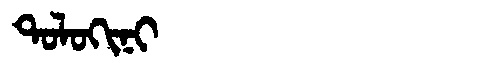
Manchu: ᡨᠣᠯᠣᡴᡳᠨᡳ
Romanization: TOLOKINI